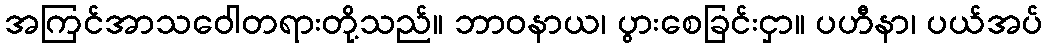
အကြင်အာသဝေါတရားတို့သည်။ ဘာဝနာယ၊ ပွားစေခြင်းငှာ။ ပဟီနာ၊ ပယ်အပ်